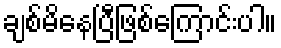
ချစ်မိနေပြီဖြစ်ကြောင်းပါ။